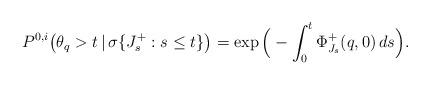
LaTeX: \begin{align*}{P}^{0,i}\big(\theta_q >t \,|\,\sigma\{J^+_s: s\leq t\}\big) = \exp\Big(-\int_0^t \Phi^+_{J_s}(q,0)\,ds\Big).\end{align*}